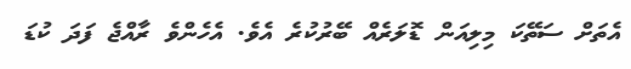
އެތަށް ސަތޭކަ މިލިއަން ޑޮލަރެއް ބޭރުކުރެ އެވެ. އެހެންވެ ރާއްޖެ ފަދަ ކުޑަ